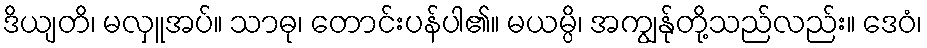
ဒိယျတိ၊ မလှူအပ်။ သာဓု၊ တောင်းပန်ပါ၏။ မယမ္ပိ၊ အကျွန်ုတို့သည်လည်း။ ဒေဝံ၊